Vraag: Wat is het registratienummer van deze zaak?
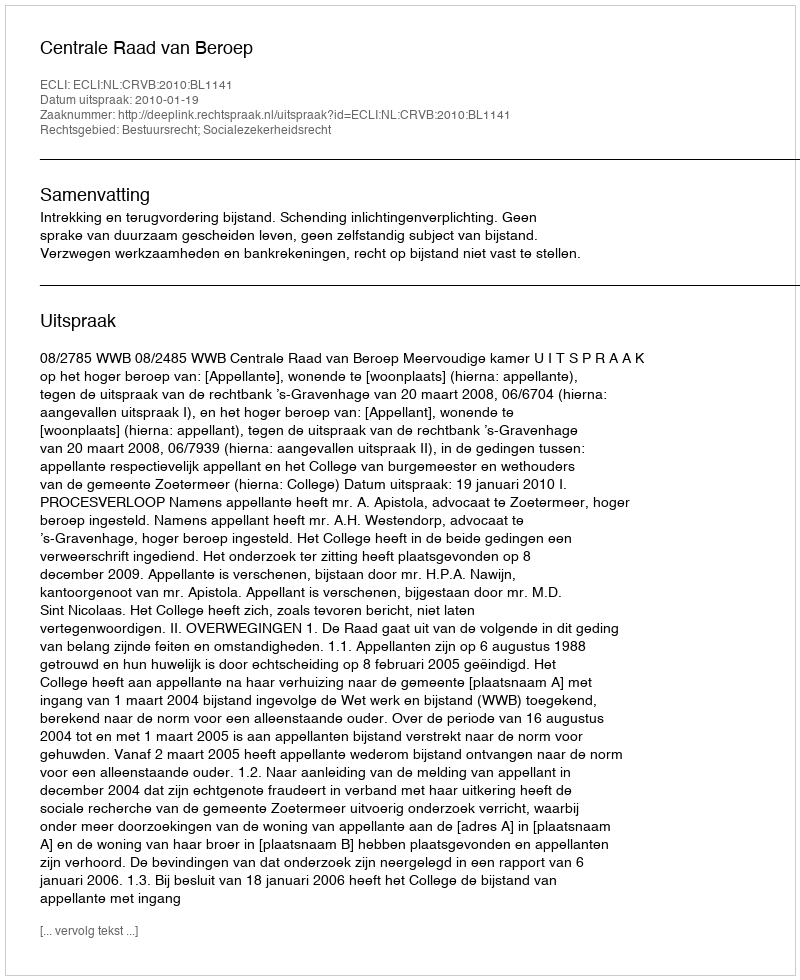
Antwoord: http://deeplink.rechtspraak.nl/uitspraak?id=ECLI:NL:CRVB:2010:BL1141